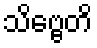
သိဗ္ဗေတိ